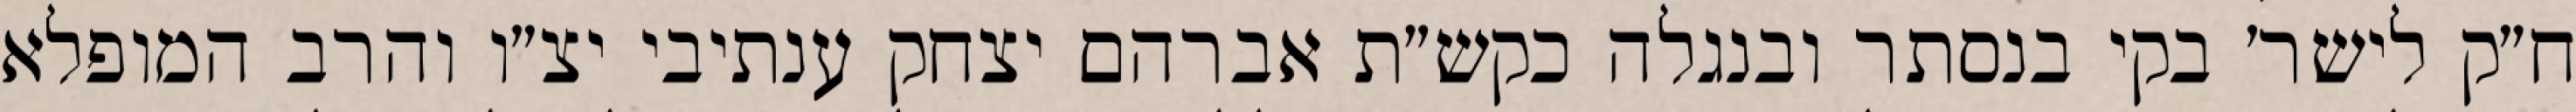
ח״ק לישר׳ בקי בנסתר ובנגלה כקש״ת אברהם יצחק ענתיבי יצ״ו והרב המופלא